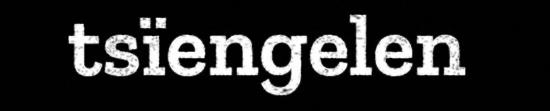
tsïengelen